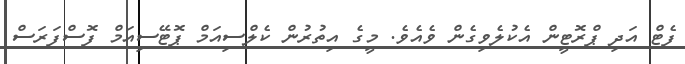
ފެޓް އަދި ޕްރޮޓީން އެކުލެވިގެން ވެއެވެ. މީގެ އިތުރުން ކެލްސިއަމް ޕޮޓޭސިއަމް ފޮސްފަރަސް